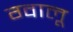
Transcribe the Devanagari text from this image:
ग्वालू